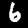
Digit: 6